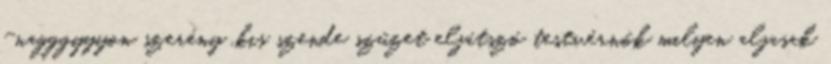
-nagggyyyon szerény ,kis szende szűzet eljátszó testvérnők milyen aljasak